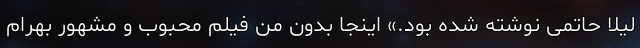
لیلا حاتمی نوشته شده بود.» اينجا بدون من فيلم محبوب و مشهور بهرام